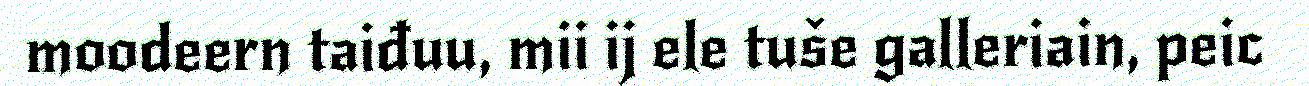
moodeern taiđuu, mii ij ele tuše galleriain, peic